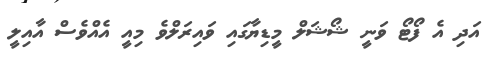
އަދި އެ ފޯޓޯ ވަނީ ޝޯޝަލް މީޑިޔާގައި ވައިރަލްވެ މިއީ އެއްވެސް އާއިލީ